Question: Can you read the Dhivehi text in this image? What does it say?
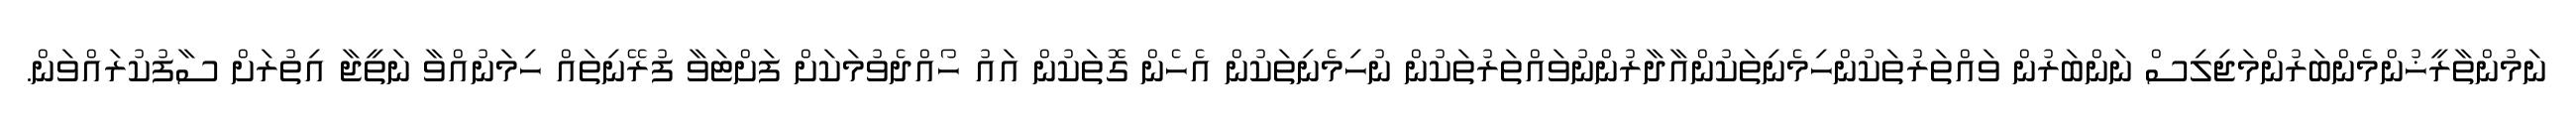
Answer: ނަމުންތާރީޚުންމެންބަރުންމަޖިލިސް ނަންބަރުން ވައްތަރުތަކުންހިމެނިތަކުންއާދާރުންނުވައްތަރުތަކުން ނުހިމެނިތަކުން އެހެން ގޮތަކުން އައު ހޯއްދެވުމަކަށް ފަށްޓަވާ ފުރޭނިތައް ހިމަނުއްވާ ނަތީޖާ އިތުރަށް ސާފުކުރައްވަން.